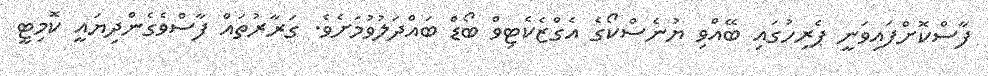
ފާސްކޮށްފައިވަނީ ޕެރިހުގައި ބޭއްވި ޔުނެސްކޯގެ އެގްޒެކެޓިވް ބޯޑް ބައްދަލުވުމަށެވެ. ގަރާރުތައް ފާސްވެގެންދިޔައީ ކޮމިޓީ